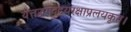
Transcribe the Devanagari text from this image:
यत्तज्जगदुदयरक्षाप्रलयकृत्।